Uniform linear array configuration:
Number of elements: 16
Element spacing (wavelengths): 0.75
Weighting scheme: exponential
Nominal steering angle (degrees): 60
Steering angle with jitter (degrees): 58.952
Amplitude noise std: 0.05
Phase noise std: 0.05

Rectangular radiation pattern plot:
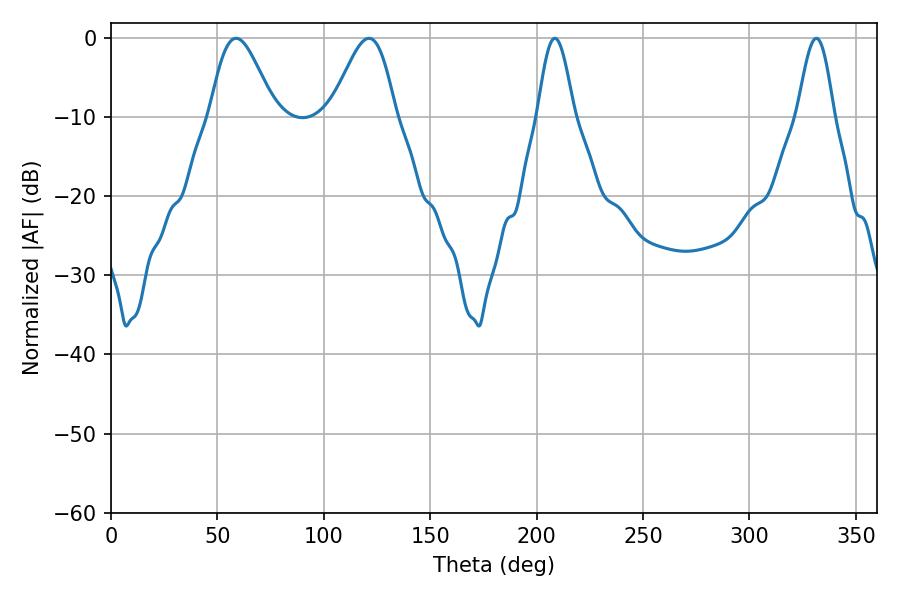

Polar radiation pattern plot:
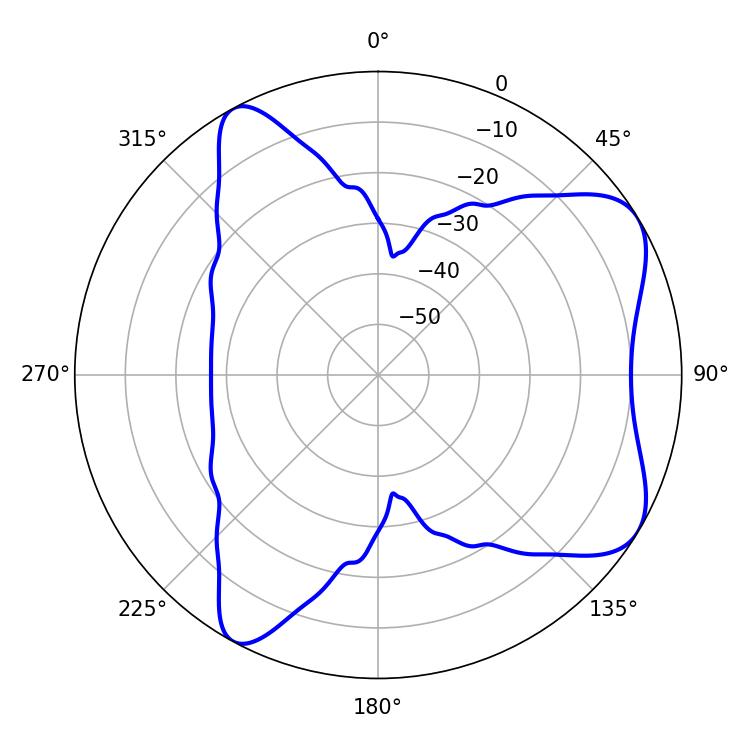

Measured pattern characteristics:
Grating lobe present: TRUE
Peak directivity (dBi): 6.931
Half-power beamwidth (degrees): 16.02
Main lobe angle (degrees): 58.86